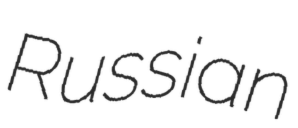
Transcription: Russian